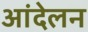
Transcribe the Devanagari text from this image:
आंदेलन